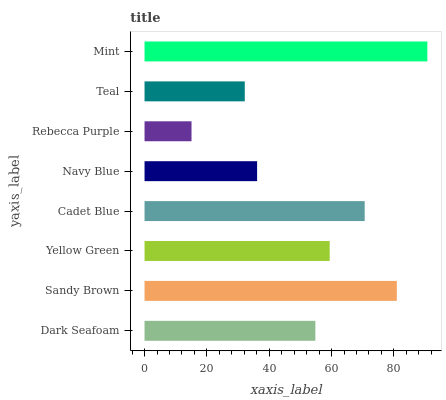
| yaxis_label | bars |
 | --- | --- |
 | Dark Seafoam | 54.8 |
 | Sandy Brown | 80.9 |
 | Yellow Green | 59.4 |
 | Cadet Blue | 70.6 |
 | Navy Blue | 36.1 |
 | Rebecca Purple | 15.1 |
 | Teal | 32.2 |
 | Mint | 90.7 |